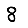
Digit: 8